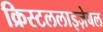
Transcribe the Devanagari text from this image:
क्रिस्टललाइज़ेबल